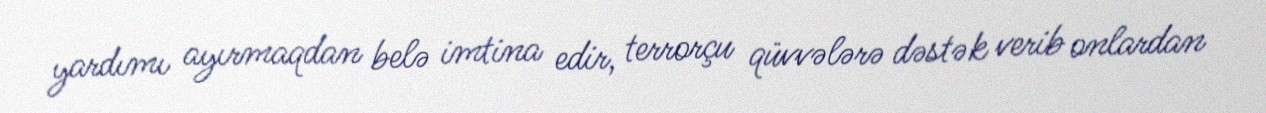
yardımı ayırmaqdan belə imtina edir, terrorçu qüvvələrə dəstək verib onlardan